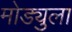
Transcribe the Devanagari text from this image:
मोड्युला